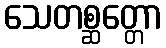
သေတစ္ဆတ္တော